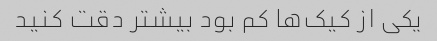
یکی از کیک‌ها کم بود بیشتر دقت کنید